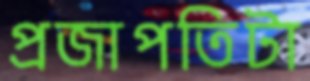
প্রজাপতিটা